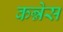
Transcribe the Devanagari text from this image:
कन्नेस